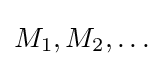
M_{1},M_{2},\ldots